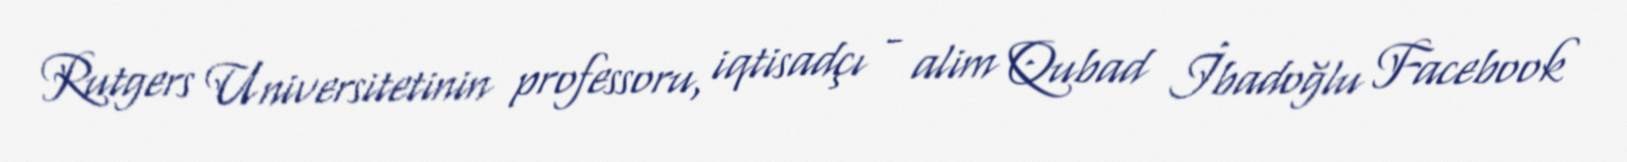
Rutgers Universitetinin professoru, iqtisadçı - alim Qubad İbadoğlu Facebook